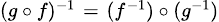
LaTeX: \scriptstyle(g\, \circ\, f)^{-1}\; =\; (f^{-1})\, \circ\, (g^{-1})